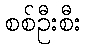
စစ်ဦးစီး